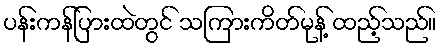
ပန်းကန်ပြားထဲတွင် သကြားကိတ်မုန့် ထည့်သည်။